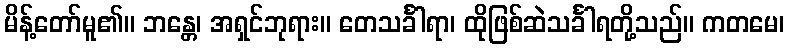
မိန့်တော်မူ၏။ ဘန္တေ၊ အရှင်ဘုရား။ တေသင်္ခါရာ၊ ထိုဖြစ်ဆဲသင်္ခါရတို့သည်။ ကတမေ၊